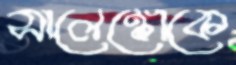
সালেঙ্কোকে